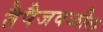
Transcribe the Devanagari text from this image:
तैपैजवळील